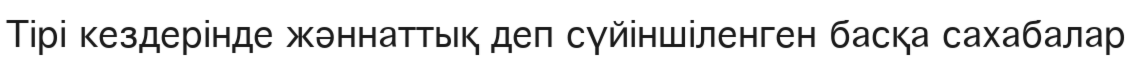
Тірі кездерінде жәннаттық деп сүйіншіленген басқа сахабалар